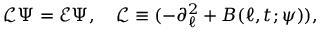
\begin{array} { r } { \mathcal { L } \Psi = \mathcal { E } \Psi , \quad \mathcal { L } \equiv ( - \partial _ { \ell } ^ { 2 } + B ( \ell , t ; \psi ) ) , } \end{array}